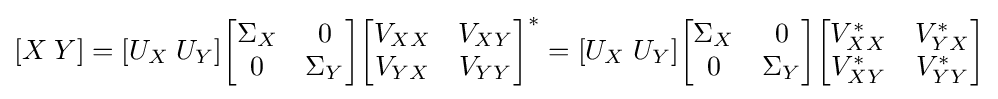
[X\;Y]=[U_{X}\;U_{Y}]{\begin{bmatrix}\Sigma _{X}&0\\0&\Sigma _{Y}\end{bmatrix}}{\begin{bmatrix}V_{XX}&V_{XY}\\V_{YX}&V_{YY}\end{bmatrix}}^{*}=[U_{X}\;U_{Y}]{\begin{bmatrix}\Sigma _{X}&0\\0&\Sigma _{Y}\end{bmatrix}}{\begin{bmatrix}V_{XX}^{*}&V_{YX}^{*}\\V_{XY}^{*}&V_{YY}^{*}\end{bmatrix}}